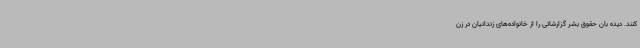
کنند. دیده بان حقوق بشر گزارشاتی را از خانواده‌های زندانیان در زن